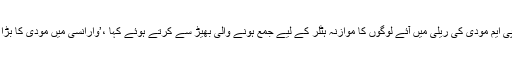
اس کو تنقید کا نشانہ بناتے ہوئے اٹل بہاری واجپائی حکومت میں وزیر خزانہ رہےیشونت سنہا نے پی ایم مودی کی ریلی میں آئے لوگوں کا موازنہ ہٹلر کے لیے جمع ہونے والی بھیڑ سے کرتے ہوئے کہا ،’وارانسی میں مودی کا بڑا روڈ شو آج مجھے اس بھیڑ کی یاد دلاتا ہے جو نازی جرمنی میں ہٹلر کے لیے اکٹھا ہوا کرتی تھی۔